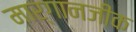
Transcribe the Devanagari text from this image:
मार्गानजीक